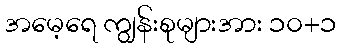
အမေ့ရေ ကျွန်းစုများအား ၁၀+၁